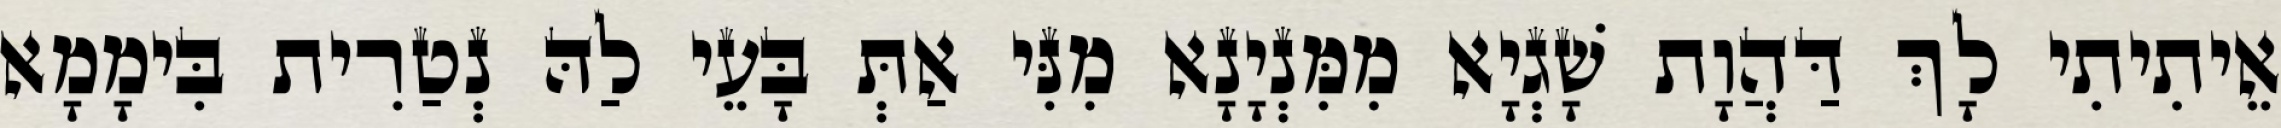
אֵיתִיתִי לָךְ דַּהֲוָת שָׁגְיָא מִמִּנְיָנָא מִנִּי אַתְּ בָּעֵי לַהּ נְטַרִית בִּימָמָא